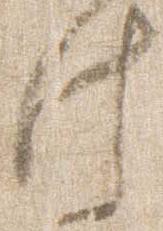
法